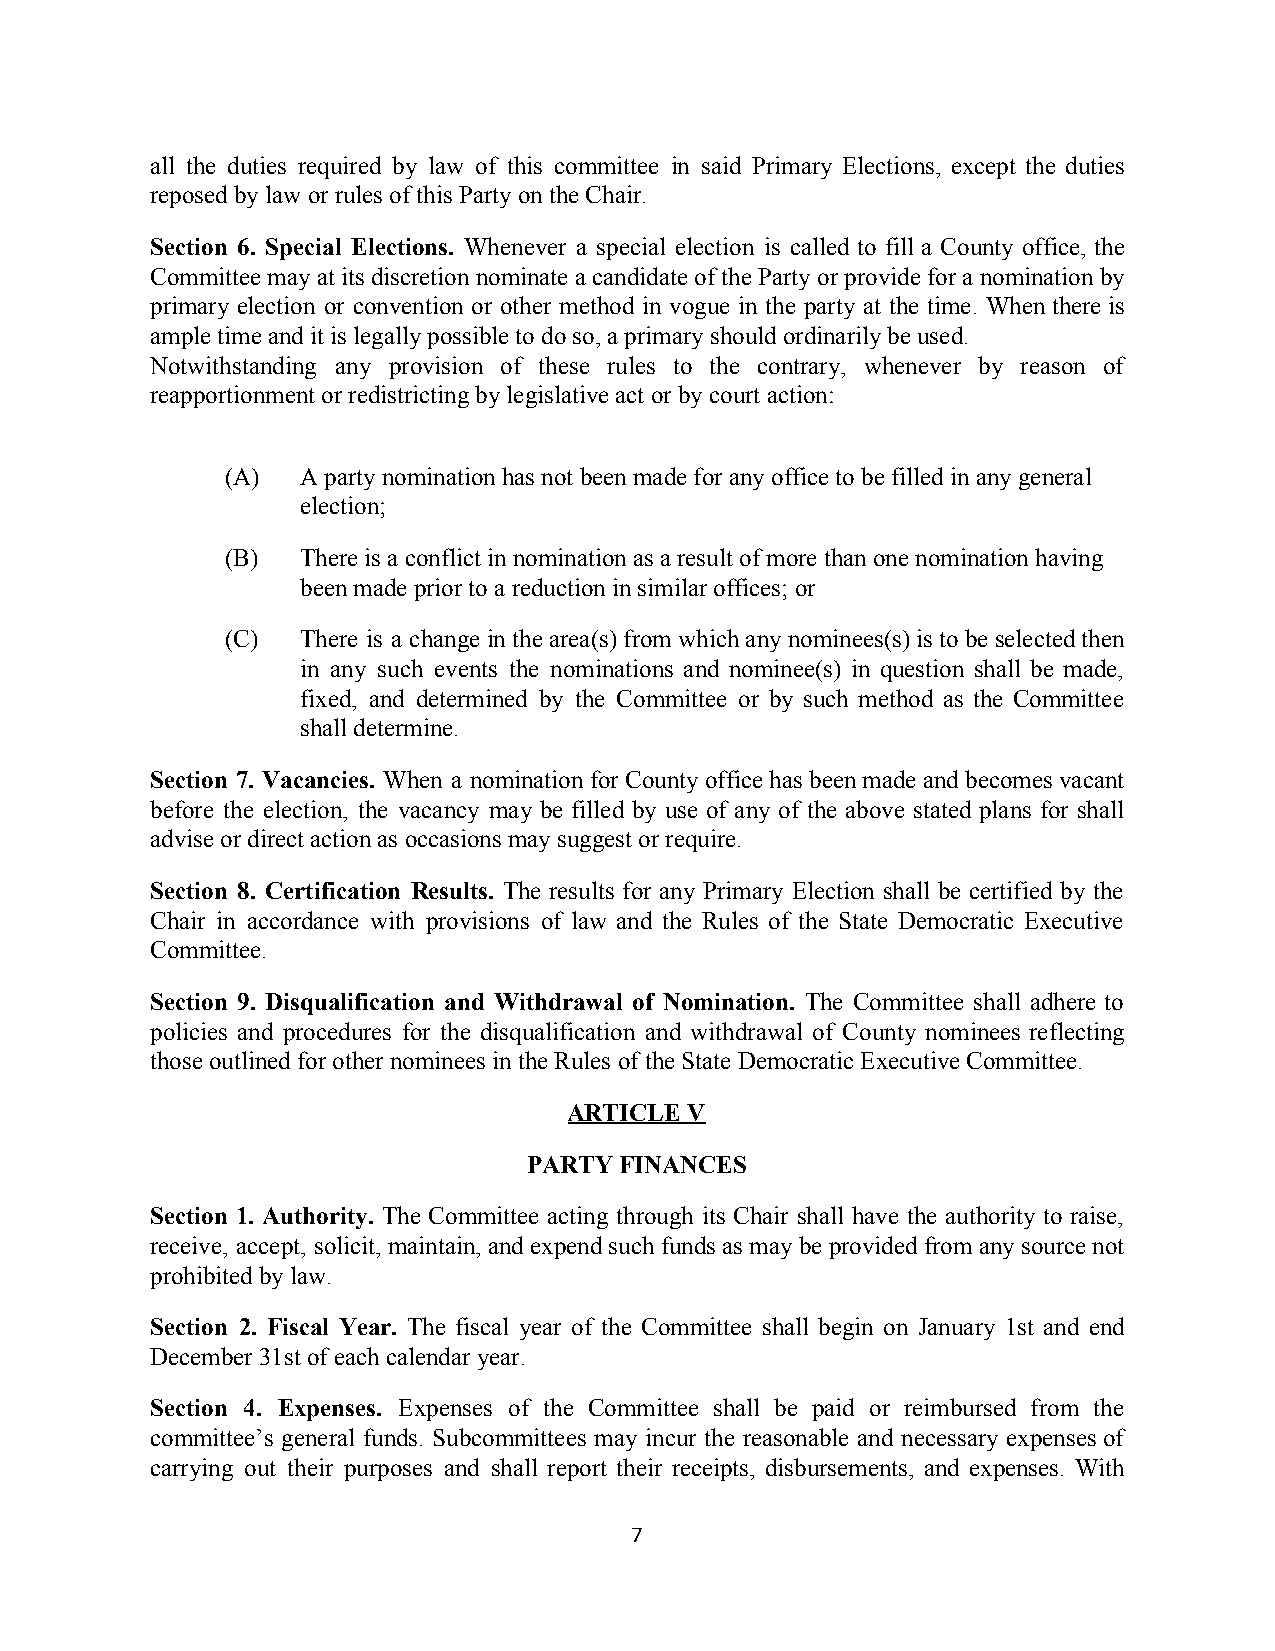
all the duties required by law of this committee in said Primary Elections, except the duties
 reposed by law or rules of this Party on the Chair.
 Section 6. Special Elections. Whenever a special election is called to fill a County office, the
 Committee may at its discretion nominate a candidate of the Party or provide for a nomination by
 primary election or convention or other method in vogue in the party at the time. When there is
 ample time and it is legally possible to do so, a primary should ordinarily be used.
 Notwithstanding any provision of these rules to the contrary, whenever by reason of
 reapportionment or redistricting by legislative act or by court action:
 (A)  A party nomination has not been made for any office to be filled in any general
 election;
 (B)  There is a conflict in nomination as a result of more than one nomination having
 been made prior to a reduction in similar offices; or
 (C)  There is a change in the area(s) from which any nominees(s) is to be selected then
 in any such events the nominations and nominee(s) in question shall be made,
 fixed, and determined by the Committee or by such method as the Committee
 shall determine.
 Section 7. Vacancies. When a nomination for County office has been made and becomes vacant
 before the election, the vacancy may be filled by use of any of the above stated plans for shall
 advise or direct action as occasions may suggest or require.
 Section 8. Certification Results. The results for any Primary Election shall be certified by the
 Chair in accordance with provisions of law and the Rules of the State Democratic Executive
 Committee.
 Section 9. Disqualification and Withdrawal of Nomination. The Committee shall adhere to
 policies and procedures for the disqualification and withdrawal of County nominees reflecting
 those outlined for other nominees in the Rules of the State Democratic Executive Committee.
 ARTICLE V
 PARTY FINANCES
 Section 1. Authority. The Committee acting through its Chair shall have the authority to raise,
 receive, accept, solicit, maintain, and expend such funds as may be provided from any source not
 prohibited by law.
 Section 2. Fiscal Year. The fiscal year of the Committee shall begin on January 1st and end
 December 31st of each calendar year.
 Section 4. Expenses. Expenses of the Committee shall be paid or reimbursed from the
 committee’s general funds. Subcommittees may incur the reasonable and necessary expenses of
 carrying out their purposes and shall report their receipts, disbursements, and expenses. With
 7